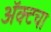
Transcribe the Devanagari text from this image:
अॅक्टचा